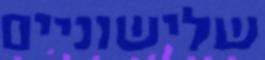
שלישוניים